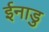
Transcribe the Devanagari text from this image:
ईनाडु